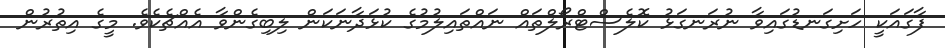
ފާގައަކީ ހަށިގަނޑުގައިވާ ނުރަނގަޅު ކޮލެސްޓްރޯލްތައް ނައްތައިލުމުގެ ކުޅަދާނަކަން ލިބިގެންވާ އެއްޗެކެވެ. މީގެ އިތުރުން